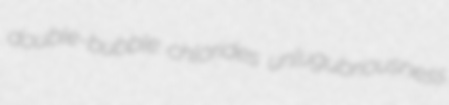
double-bubble chlorides unlugubriousness